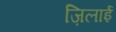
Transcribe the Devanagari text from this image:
ज़िलाई